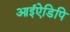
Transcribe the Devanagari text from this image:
आईऐडिपि